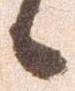
候